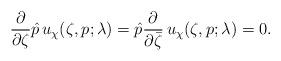
LaTeX: \begin{align*}\frac\partial{\partial\zeta}\hat p \, u_\chi(\zeta,p;\lambda)= \hat p\frac\partial{\partial\bar\zeta} \, u_\chi(\zeta,p;\lambda)=0.\end{align*}